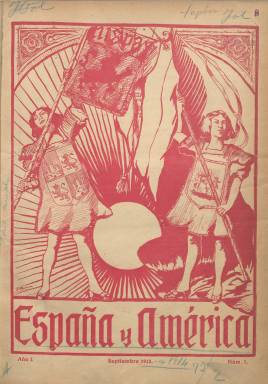
Título: España y América (Cádiz)
Colección: Economía || Relaciones internacionales
Ámbito geográfico: Cádiz
Lugar de publicación: Cádiz
Fechas: 01/09/1912-30/06/1936

Publicación mensual de índole comercial, pero también con un componente cultural dedicado a mejorar las relaciones entre España y los países hispanoamericanos. En su primer número lo declara así: ‘Queremos que nuestra revista sea el portavoz de los sentimientos y anhelos de dos continentes y que por medio de ella se establezca una corriente poderosa: un intercambio moral y material que tienda a un acercamiento tan necesario y conveniente para la Patria Española y las Repúblicas latinas’.

   La revista salió en 1912 coincidiendo con el centenario de las Cortes de Cádiz, acontecimiento que fue celebrado ampliamente en los números de ese año. En el primero, junto a la declaración de sus propósitos, incluyó un artículo del senador Rafael María de Labra, político nacido en Cuba que destacó fundamentalmente por su lucha para la abolición de la esclavitud en las todavía colonias españolas de las Antillas.

   En su artículo dedicado a las Cortes de Cádiz de 1812, Labra destaca la importante aportación de los diputados americanos, quienes no sólo trabajaron por sus intereses sino por los de toda la nación, entendida entonces como España y todas las provincias hispanoamericanas. Así señala que ‘de los 303 diputados de las Cortes de Cádiz, 63 fueron americanos; de los 37 presidentes, 10 de América; de los 36 secretarios, 11 del Nuevo Mundo; de los 9 miembros de la diputación permanente, 4 de América; y de los 13 miembros de la comisión constitucional, 5 trasatlánticos’.

   La revista no solía pasar de las 20 páginas y muchas de ellas estaban dedicadas a la economía de los distintos países hispanoamericanos. Fue ganando en publicidad con el tiempo, anunciándose en ellas importantes industrias y casas comerciales tanto españolas como de ultramar.

  El director de la publicación fue Eduardo de Ory, literato de vocación americanista y amigo de escritores hispanoamericanos que participó también en otras iniciativas culturales de este tipo en Cádiz.

  La revista tuvo amplia difusión, como la propia publicación se encargó de proclamar en un número de 1918: ‘Esta revista va en los salones de lectura de todos los buques transatlánticos que hacen escala en este puerto y se envía a las Cámaras de Comercio, Casinos, Hoteles, Consulados, Círculos Mercantiles, Asociaciones Industriales, Sociedades Económicas de Amigos del País, Ateneos, Bibliotecas y demás centros importantes de la Península y Repúblicas Hispanoamericanas’.

  En un estudio sobre esta publicación accesible por internet, Concepción Reverte Bernal, de la Universidad de Cádiz, agrupó los principales temas en lo que incidieron los artículos de fondo publicados durante la larga vida de la revista. Estos temas son: La unión de Hispanoamérica como modo de alcanzar la fuerza, recordando el ideal de Bolívar; el hispanoamericanismo frente al panamericanismo, o movimiento que postulaba la unión de Estados Unidos con Latinoamérica; la necesidad de que España reconquiste América en el orden espiritual y comercial; la falta de conocimiento entre ambas partes o el desinterés de España por América; y el fomento de la lengua castellana como vínculo de unión.

[Descripción publicada el 17/08/2022]